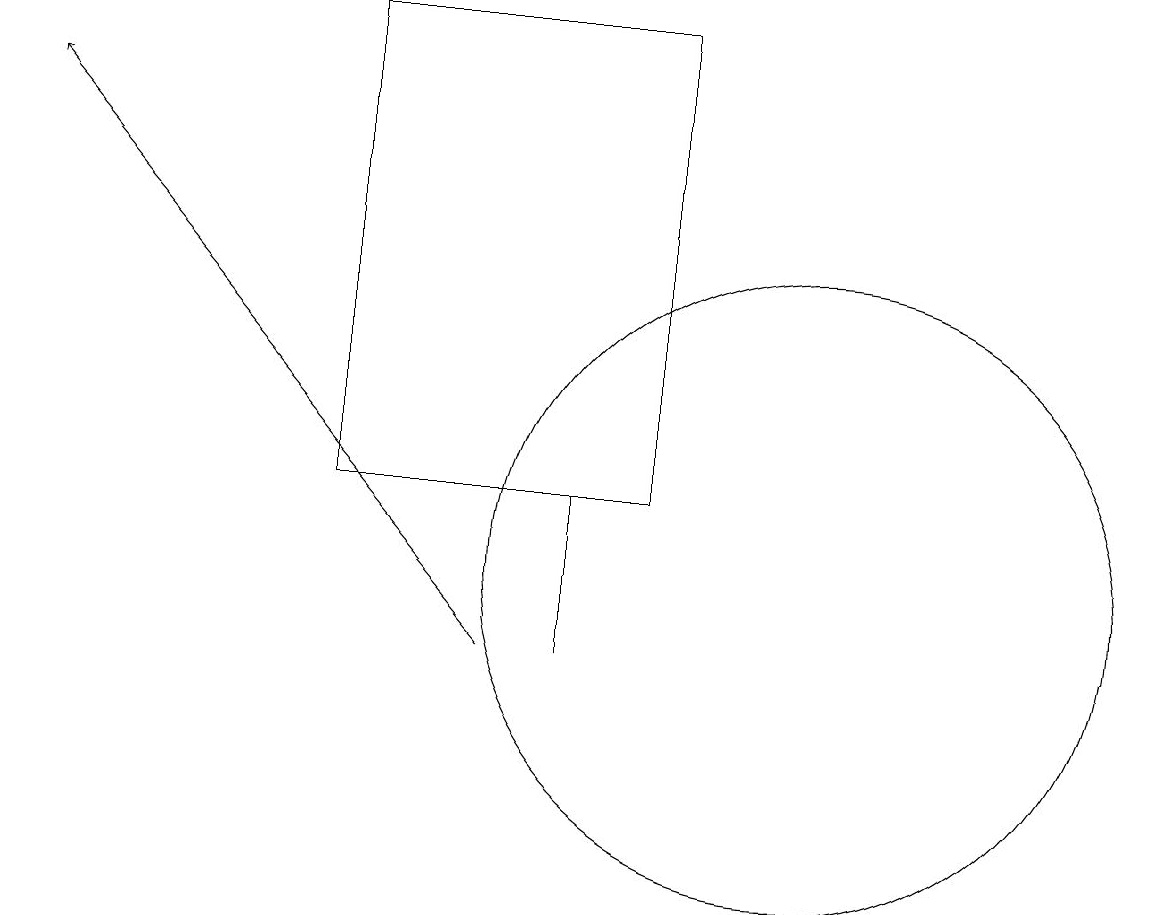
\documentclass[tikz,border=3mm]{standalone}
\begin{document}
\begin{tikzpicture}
\draw (9,12) rectangle (5,18);
\draw (8,12) rectangle (8,10);
\draw[->] (7,10) -- (1,17);
\draw (11,11) circle (4);
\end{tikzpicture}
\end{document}